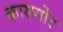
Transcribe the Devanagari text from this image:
कासर्गोट